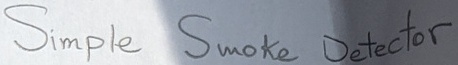
Text: Simple Smoke Detector